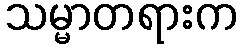
သမ္မာတရားက